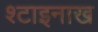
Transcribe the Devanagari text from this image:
श्टाइनाख